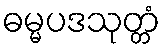
ဓမ္မပဒသုတ္တံ